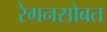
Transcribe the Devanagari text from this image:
रेगनसोबत